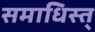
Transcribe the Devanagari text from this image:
समाधिस्त्